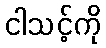
ငါသင့်ကို